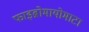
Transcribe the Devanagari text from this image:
फाइब्रोमायोमाटा